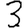
Digit: 3